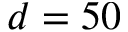
d = 5 0